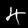
Label: 4